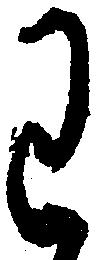
わ